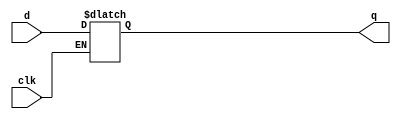
module d_latch1
(
	input clk,
	input d,
	output reg q
);
	always @(d or clk)
	if (!clk)
		q <= d;
endmodule